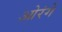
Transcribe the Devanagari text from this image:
ओरंगे